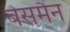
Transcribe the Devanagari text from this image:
बेसमैन